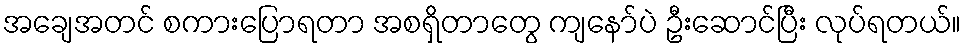
အချေအတင် စကားပြောရတာ အစရှိတာတွေ ကျနော်ပဲ ဦးဆောင်ပြီး လုပ်ရတယ်။